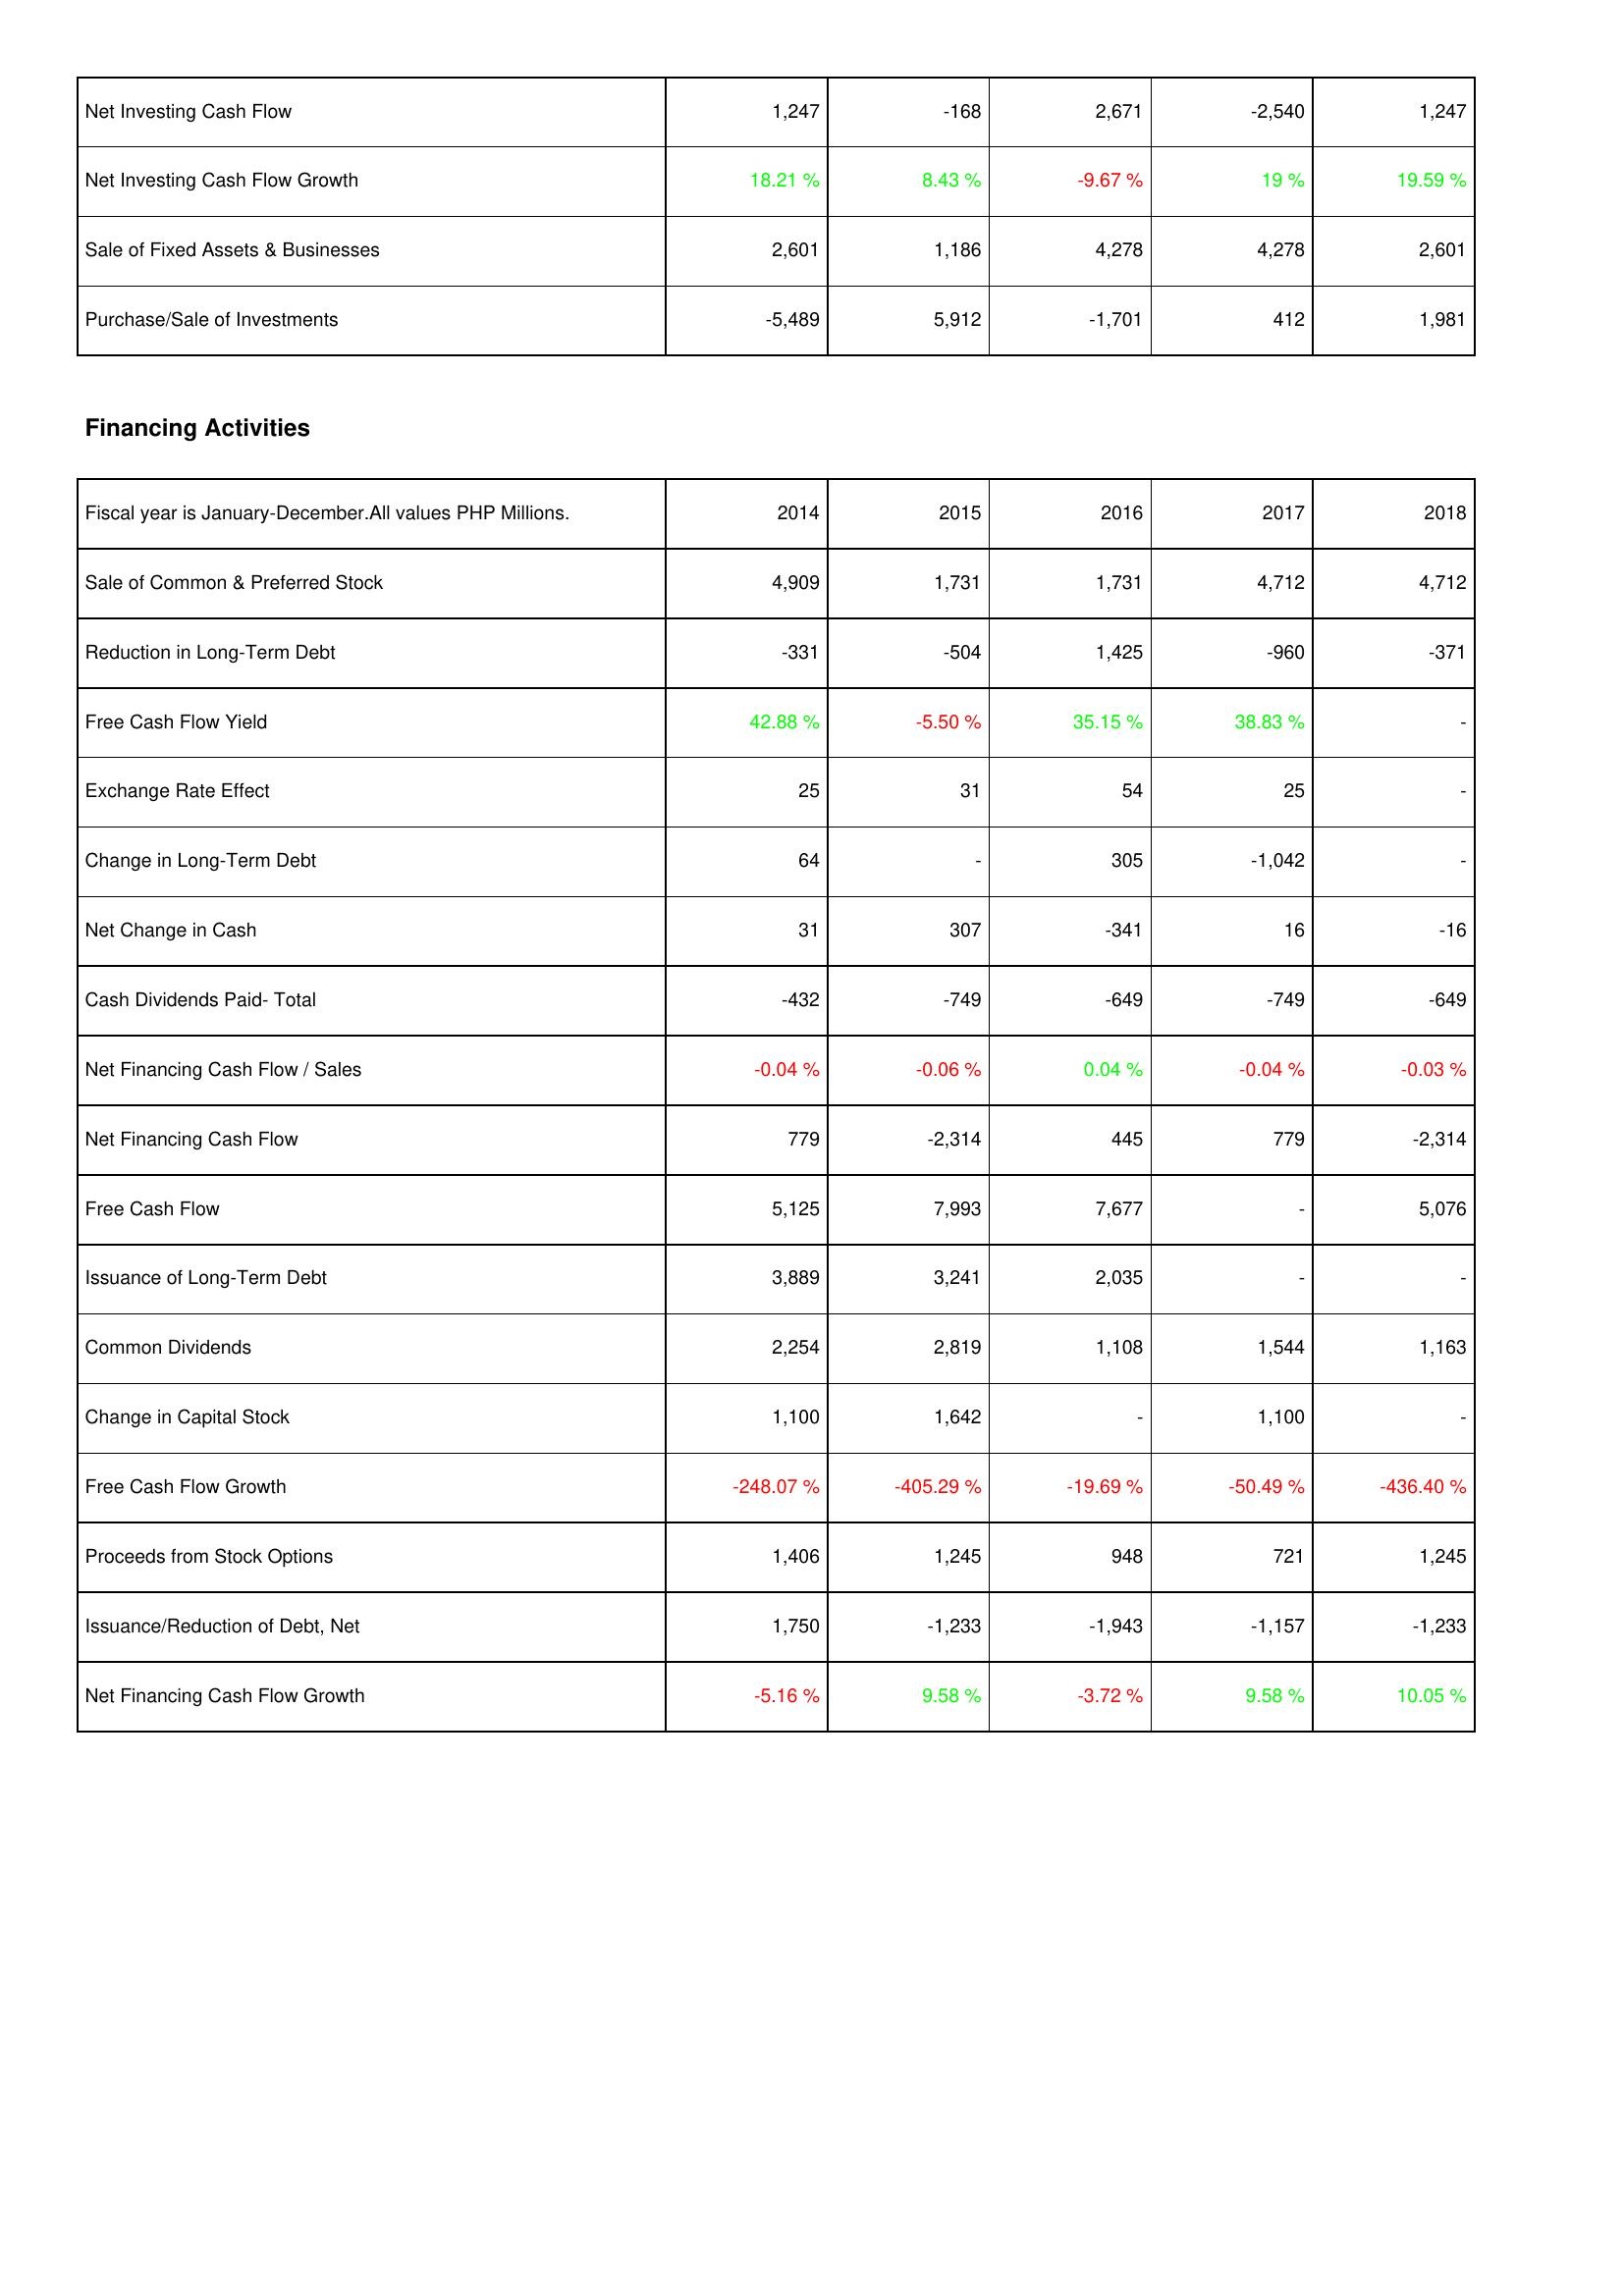
2014: Investing Activities: Net Investing Cash Flow: 1,247
Net Investing Cash Flow Growth: 18.21 %
Sale of Fixed Assets & Businesses: 2,601
Purchase/Sale of Investments: -5,489
Financing Activities: Sale of Common & Preferred Stock: 4,909
Reduction in Long-Term Debt: -331
Free Cash Flow Yield: 42.88 %
Exchange Rate Effect: 25
Change in Long-Term Debt: 64
Net Change in Cash: 31
Cash Dividends Paid- Total: -432
Net Financing Cash Flow / Sales: -0.04 %
Net Financing Cash Flow: 779
Free Cash Flow: 5,125
Issuance of Long-Term Debt: 3,889
Common Dividends: 2,254
Change in Capital Stock: 1,100
Free Cash Flow Growth: -248.07 %
Proceeds from Stock Options: 1,406
Issuance/Reduction of Debt, Net: 1,750
Net Financing Cash Flow Growth: -5.16 %
2015: Investing Activities: Net Investing Cash Flow: -168
Net Investing Cash Flow Growth: 8.43 %
Sale of Fixed Assets & Businesses: 1,186
Purchase/Sale of Investments: 5,912
Financing Activities: Sale of Common & Preferred Stock: 1,731
Reduction in Long-Term Debt: -504
Free Cash Flow Yield: -5.50 %
Exchange Rate Effect: 31
Change in Long-Term Debt: -
Net Change in Cash: 307
Cash Dividends Paid- Total: -749
Net Financing Cash Flow / Sales: -0.06 %
Net Financing Cash Flow: -2,314
Free Cash Flow: 7,993
Issuance of Long-Term Debt: 3,241
Common Dividends: 2,819
Change in Capital Stock: 1,642
Free Cash Flow Growth: -405.29 %
Proceeds from Stock Options: 1,245
Issuance/Reduction of Debt, Net: -1,233
Net Financing Cash Flow Growth: 9.58 %
2016: Investing Activities: Net Investing Cash Flow: 2,671
Net Investing Cash Flow Growth: -9.67 %
Sale of Fixed Assets & Businesses: 4,278
Purchase/Sale of Investments: -1,701
Financing Activities: Sale of Common & Preferred Stock: 1,731
Reduction in Long-Term Debt: 1,425
Free Cash Flow Yield: 35.15 %
Exchange Rate Effect: 54
Change in Long-Term Debt: 305
Net Change in Cash: -341
Cash Dividends Paid- Total: -649
Net Financing Cash Flow / Sales: 0.04 %
Net Financing Cash Flow: 445
Free Cash Flow: 7,677
Issuance of Long-Term Debt: 2,035
Common Dividends: 1,108
Change in Capital Stock: -
Free Cash Flow Growth: -19.69 %
Proceeds from Stock Options: 948
Issuance/Reduction of Debt, Net: -1,943
Net Financing Cash Flow Growth: -3.72 %
2017: Investing Activities: Net Investing Cash Flow: -2,540
Net Investing Cash Flow Growth: 19 %
Sale of Fixed Assets & Businesses: 4,278
Purchase/Sale of Investments: 412
Financing Activities: Sale of Common & Preferred Stock: 4,712
Reduction in Long-Term Debt: -960
Free Cash Flow Yield: 38.83 %
Exchange Rate Effect: 25
Change in Long-Term Debt: -1,042
Net Change in Cash: 16
Cash Dividends Paid- Total: -749
Net Financing Cash Flow / Sales: -0.04 %
Net Financing Cash Flow: 779
Free Cash Flow: -
Issuance of Long-Term Debt: -
Common Dividends: 1,544
Change in Capital Stock: 1,100
Free Cash Flow Growth: -50.49 %
Proceeds from Stock Options: 721
Issuance/Reduction of Debt, Net: -1,157
Net Financing Cash Flow Growth: 9.58 %
2018: Investing Activities: Net Investing Cash Flow: 1,247
Net Investing Cash Flow Growth: 19.59 %
Sale of Fixed Assets & Businesses: 2,601
Purchase/Sale of Investments: 1,981
Financing Activities: Sale of Common & Preferred Stock: 4,712
Reduction in Long-Term Debt: -371
Free Cash Flow Yield: -
Exchange Rate Effect: -
Change in Long-Term Debt: -
Net Change in Cash: -16
Cash Dividends Paid- Total: -649
Net Financing Cash Flow / Sales: -0.03 %
Net Financing Cash Flow: -2,314
Free Cash Flow: 5,076
Issuance of Long-Term Debt: -
Common Dividends: 1,163
Change in Capital Stock: -
Free Cash Flow Growth: -436.40 %
Proceeds from Stock Options: 1,245
Issuance/Reduction of Debt, Net: -1,233
Net Financing Cash Flow Growth: 10.05 %